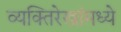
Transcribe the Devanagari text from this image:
व्यक्तिरेखांमध्ये